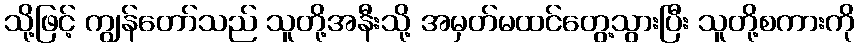
သို့ဖြင့် ကျွန်တော်သည် သူတို့အနီးသို့ အမှတ်မထင်တွေ့သွားပြီး သူတို့စကားကို